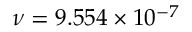
\nu = 9 . 5 5 4 \times 1 0 ^ { - 7 }